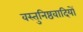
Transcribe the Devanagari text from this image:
वस्तुनिष्ठवादियों